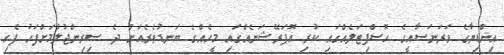
އިންޑިޔާގެ ވަރަނަސާއީގެ ހޮސްޕިޓަލެއްގައި ކުރި އޮޕަރޭޝަނެއްގައި މީހެއްގެ ބަނޑުތެރެއަށް ދެ ސިރިންޖުލުމަށްފަހު ފެހި